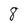
Character: 8